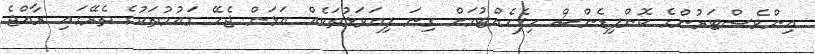
އިންވެސްޓަރުންގެ ކޮންފިޑެންސް ހިފެހެއްޓުމަށް ގިނަ ފިޔަވަޅުތަކެއް އަޅަން ޖެހޭ ގައުމުތަކުގެ ތެރޭގައި ރާއްޖެ